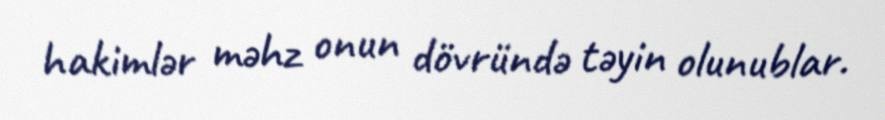
hakimlər məhz onun dövründə təyin olunublar.